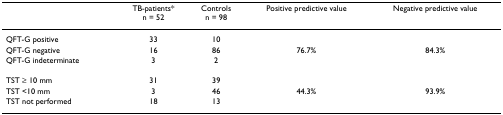
<table><thead><tr><td></td><td><b>TB-patients*n = 52</b></td><td><b>Controlsn = 98</b></td><td><b>Positive predictive value</b></td><td><b>Negative predictive value</b></td></tr></thead><tbody><tr><td>QFT-G positive</td><td>33</td><td>10</td><td></td><td></td></tr><tr><td>QFT-G negative</td><td>16</td><td>86</td><td>76.7%</td><td>84.3%</td></tr><tr><td>QFT-G indeterminate</td><td>3</td><td>2</td><td></td><td></td></tr><tr><td>TST ≥ 10 mm</td><td>31</td><td>39</td><td></td><td></td></tr><tr><td>TST &lt;10 mm</td><td>3</td><td>46</td><td>44.3%</td><td>93.9%</td></tr><tr><td>TST not performed</td><td>18</td><td>13</td><td></td><td></td></tr></tbody></table>